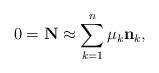
\begin{align*} 0 = {\bf N} \approx \sum_{k=1}^n \mu_k {\bf n}_k,\end{align*}